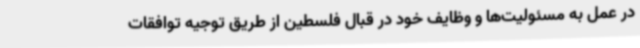
در عمل به مسئولیت‌ها و وظایف خود در قبال فلسطین از طریق توجیه توافقات